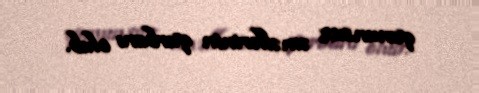
qanunsuz əməllərinin qurbanı olub.